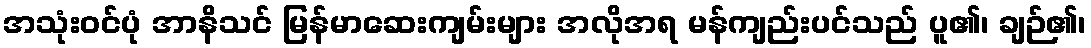
အသုံးဝင်ပုံ အာနိသင် မြန်မာဆေးကျမ်းများ အလိုအရ မန်ကျည်းပင်သည် ပူ၏၊ ချဉ်၏၊